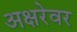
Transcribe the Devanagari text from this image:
अक्षरेवर